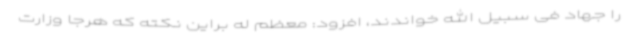
را جهاد فی سبیل الله خواندند، افزود: معظم له براین نکته که هرجا وزارت